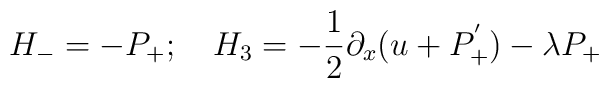
H_- =- P_+; \quad H_3 = -{1\over 2}{\partial_x (u+P_+^{'})} - \lambda P_+